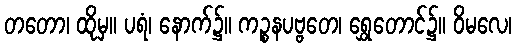
တတော၊ ထိုမှ။ ပရံ၊ နောက်၌။ ကဉ္စနပဗ္ဗတေ၊ ရွှေတောင်၌။ ဝိမလေ၊